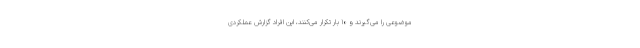
موضوعی را می‌گیرند و ۱۰ بار تکرار می‌کنند، این افراد گزارش عملکردی